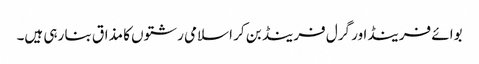
بوائے فرینڈاور گرل فرینڈ بن کر اسلامی رشتوں کا مذاق بنا رہی ہیں۔